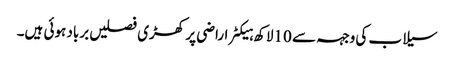
سیلاب کی وجہہ سے 10لاکھ ہیکٹر اراضی پر کھڑی فصلیں برباد ہوئی ہیں۔